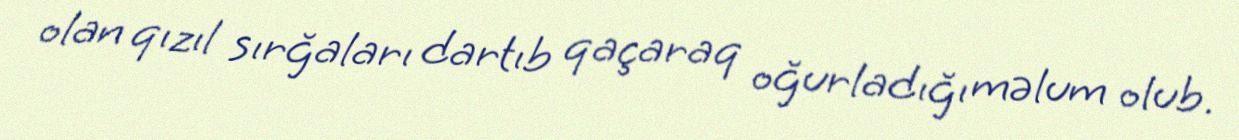
olan qızıl sırğaları dartıb qaçaraq oğurladığı məlum olub.